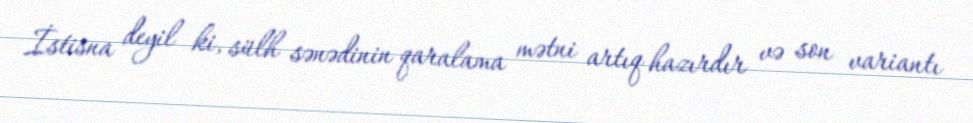
İstisna deyil ki, sülh sənədinin qaralama mətni artıq hazırdır və son variantı